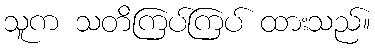
သူက သတိကြပ်ကြပ် ထားသည်။